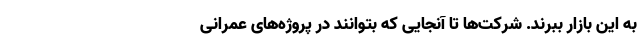
به این بازار ببرند. شرکت‌ها تا آنجایی که بتوانند در پروژه‌های عمرانی